Source: Handwritten
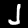
Digit: ၂ (2)